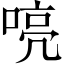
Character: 喨